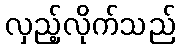
လှည့်လိုက်သည်